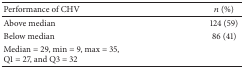
<table><thead><tr><td><b>Performance of CHV</b></td><td><b><i>n</i> (%)</b></td></tr></thead><tbody><tr><td>Above median</td><td>124 (59)</td></tr><tr><td>Below median</td><td>86 (41)</td></tr><tr><td>Median = 29, min = 9, max = 35, Q1 = 27, and Q3 = 32</td><td> </td></tr></tbody></table>